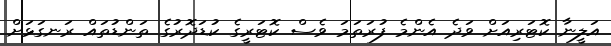
އަލީނާ ކޮޓަރިއަށް ވަދެ އެންމެ ފުރަތަމަ ވެސް ކޮޓަރީގެ ކުޑަދޮރުގެ ތަންޑުތައް ރަނގަޅަށް